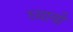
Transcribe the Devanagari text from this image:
घ्‍यावी